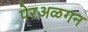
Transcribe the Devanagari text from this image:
पेरअळगन